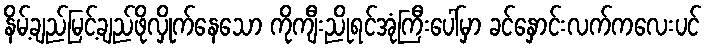
နိမ့်ချည်မြင့်ချည်ဖိုလှိုက်နေသော ကိုကျီးညိုရင်အုံကြီးပေါ်မှာ ခင်နှောင်းလက်ကလေးပင်